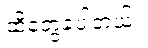
ထိတွေ့ခဲ့ပါတယ်။